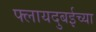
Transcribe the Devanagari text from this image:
फ्लायदुबईच्या